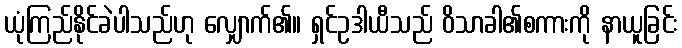
ယုံကြည်နိုင်ခဲပါသည်ဟု လျှောက်၏။ ရှင်ဥဒါယီသည် ဝိသာခါ၏စကားကို နာယူခြင်း